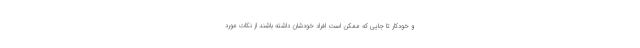
و خودکار تا جایی که ممکن است افراد خودشان داشته باشند از نکات مورد